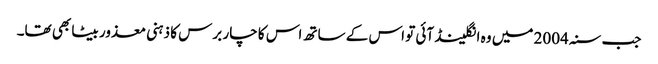
جب سنہ 2004 میں وہ انگلینڈ آئی تو اس کے ساتھ اس کا چار برس کا ذہنی معذور بیٹا بھی تھا۔